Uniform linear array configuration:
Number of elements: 64
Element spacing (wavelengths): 0.75
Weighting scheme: uniform
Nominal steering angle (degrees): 30
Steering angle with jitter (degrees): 28.55
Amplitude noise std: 0.05
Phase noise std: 0.05

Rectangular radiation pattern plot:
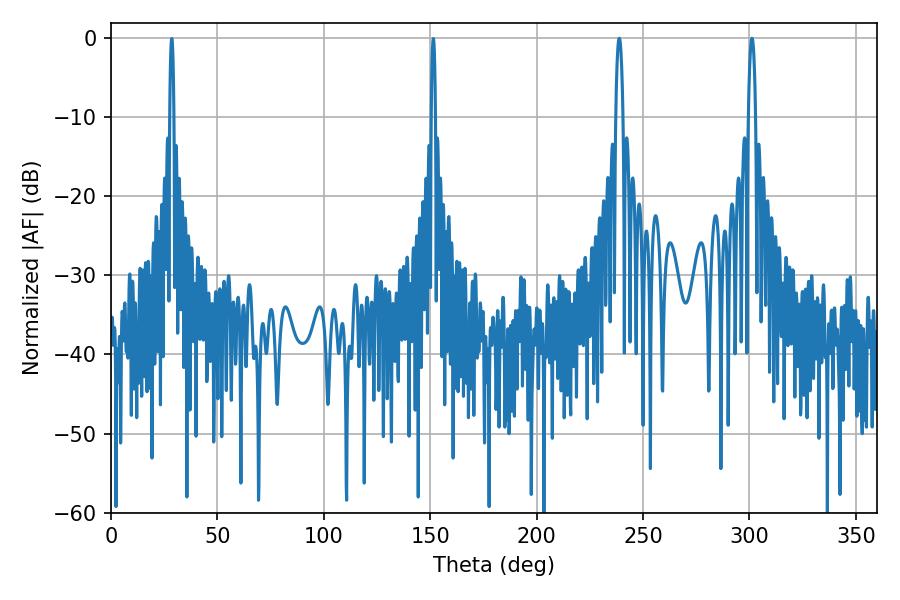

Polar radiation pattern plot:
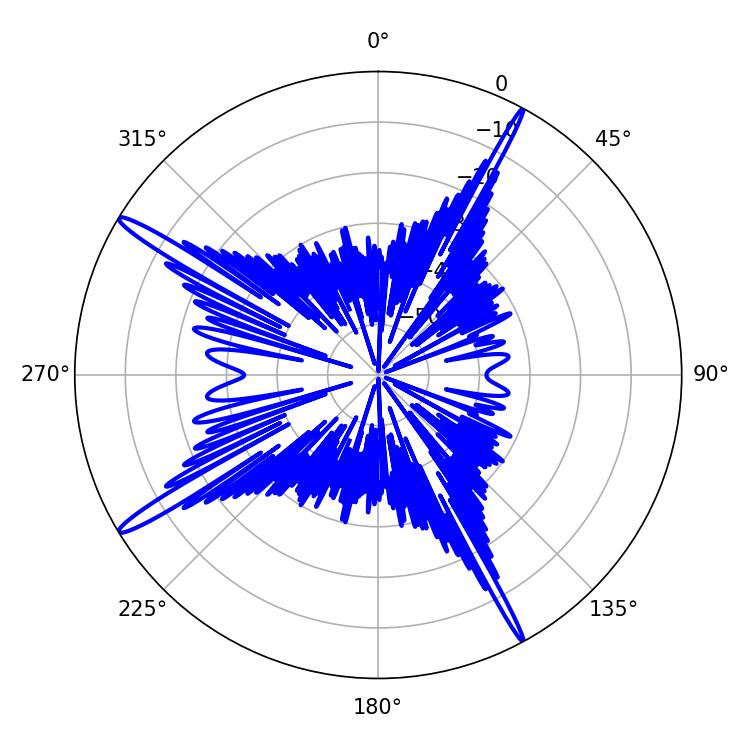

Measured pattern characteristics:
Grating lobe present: TRUE
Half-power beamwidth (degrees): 1.8
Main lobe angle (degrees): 238.86